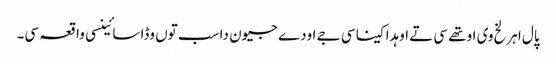
پال اہرلخ وی اوتھے سی تے اوہدا کینا سی جے اودے جیون دا سب توں وڈا سائینسی واقعہ سی۔